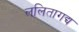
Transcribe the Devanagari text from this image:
ललितागद्य